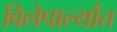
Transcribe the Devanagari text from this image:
विलेपार्ल्यात